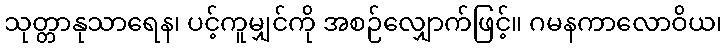
သုတ္တာနုသာရေန၊ ပင့်ကူမျှင်ကို အစဉ်လျှောက်ဖြင့်။ ဂမနကာလောဝိယ၊